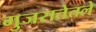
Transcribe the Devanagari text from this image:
गुजरातेतले